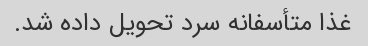
غذا متأسفانه سرد تحویل داده شد.